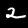
Digit: 2